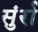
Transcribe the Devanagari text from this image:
सुंर्रा